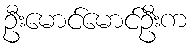
ဦးမောင်မောင်ဦးက